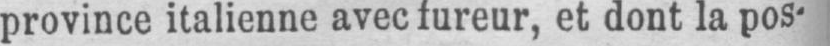
province italienne avec fureur, et dont la pos-